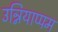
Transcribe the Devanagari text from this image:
उन्नियाप्पम